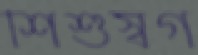
শিশুস্বর্গ